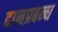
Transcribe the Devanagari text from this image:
दानप्रबन्ध